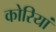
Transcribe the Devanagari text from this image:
कोरियां